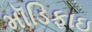
મૉડિફાઇ